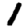
Digit: 1